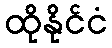
ထိုနိုင်ငံ